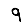
Digit: 9